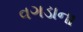
વગડાના